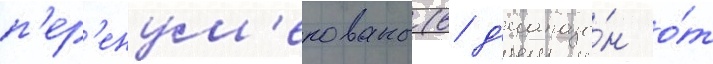
п'ер'енум'ерованы (в д'иапазо́н о́т